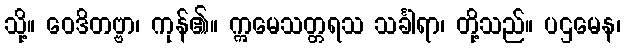
သို့။ ဝေဒိတဗ္ဗာ၊ ကုန်၏။ ဣမေသတ္တရသ သင်္ခါရာ၊ တို့သည်။ ပဌမေန၊